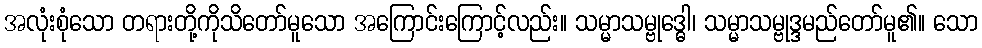
အလုံးစုံသော တရားတို့ကိုသိတော်မူသော အကြောင်းကြောင့်လည်း။ သမ္မာသမ္ဗုဒ္ဓေါ၊ သမ္မာသမ္ဗုဒ္ဒမည်တော်မူ၏။ သော